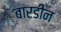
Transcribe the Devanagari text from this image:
बारडीन